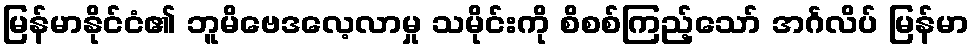
မြန်မာနိုင်ငံ၏ ဘူမိဗေဒလေ့လာမှု သမိုင်းကို စိစစ်ကြည့်သော် အင်္ဂလိပ် မြန်မာ